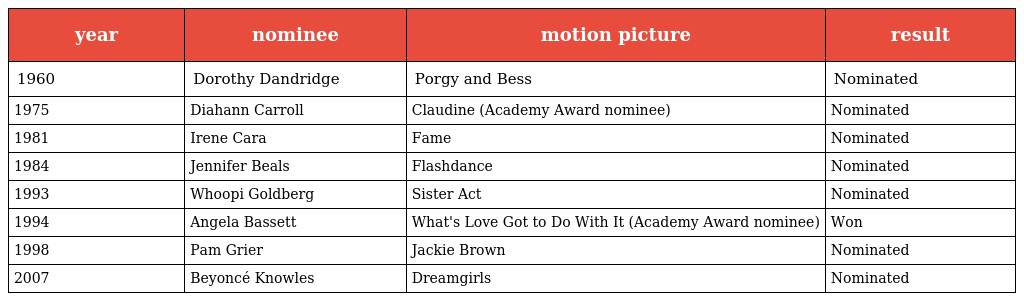
| year | nominee | motion picture | result |
 | --- | --- | --- | --- |
 | 1960 | Dorothy Dandridge | Porgy and Bess | Nominated |
 | 1975 | Diahann Carroll | Claudine (Academy Award nominee) | Nominated |
 | 1981 | Irene Cara | Fame | Nominated |
 | 1984 | Jennifer Beals | Flashdance | Nominated |
 | 1993 | Whoopi Goldberg | Sister Act | Nominated |
 | 1994 | Angela Bassett | What's Love Got to Do With It (Academy Award nominee) | Won |
 | 1998 | Pam Grier | Jackie Brown | Nominated |
 | 2007 | Beyoncé Knowles | Dreamgirls | Nominated |